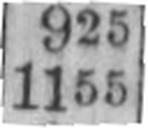
1155